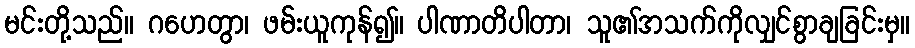
မင်းတို့သည်။ ဂဟေတွာ၊ ဖမ်းယူကုန်၍။ ပါဏာတိပါတာ၊ သူ၏အသက်ကိုလျှင်စွာချခြင်းမှ။